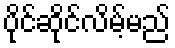
ပိုင်ဆိုင်လိမ့်မည်